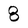
Character: 8